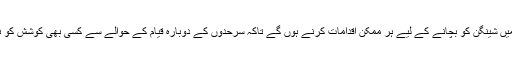
انہوں نے لکھا، ’’ہميں شينگن کو بچانے کے ليے ہر ممکن اقدامات کرنے ہوں گے تاکہ سرحدوں کے دوبارہ قيام کے حوالے سے کسی بھی کوشش کو ناکام بنايا جا سکے۔